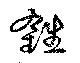
鉎